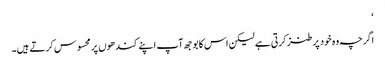
‘
اگرچہ وہ خود پر طنز کرتی ہے لیکن اس کا بوجھ آپ اپنے کندھوں پر محسوس کرتے ہیں۔